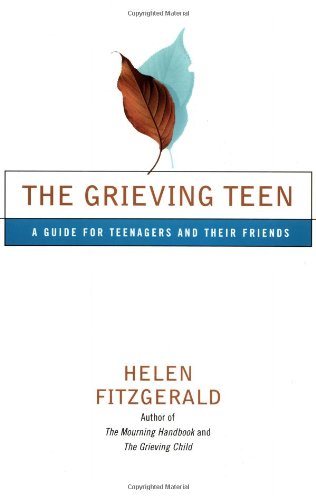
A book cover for The Grieving Teen : A Guide for Teenagers and Their Friends; Helen Fitzgerald; Teen & Young Adult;